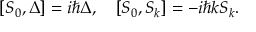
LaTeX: [ S _ { 0 } , \Delta ] = i \hbar \Delta , \quad [ S _ { 0 } , S _ { k } ] = - i \hbar k S _ { k } .